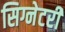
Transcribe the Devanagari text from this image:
सिग्नेटरी